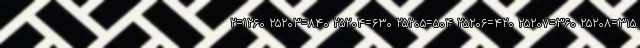
۲=۱۲۶۰ ۲۵۲۰۳=۸۴۰ ۲۵۲۰۴=۶۳۰ ۲۵۲۰۵=۵۰۴ ۲۵۲۰۶=۴۲۰ ۲۵۲۰۷=۳۶۰ ۲۵۲۰۸=۳۱۵